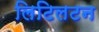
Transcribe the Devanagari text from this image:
लिटिलटन